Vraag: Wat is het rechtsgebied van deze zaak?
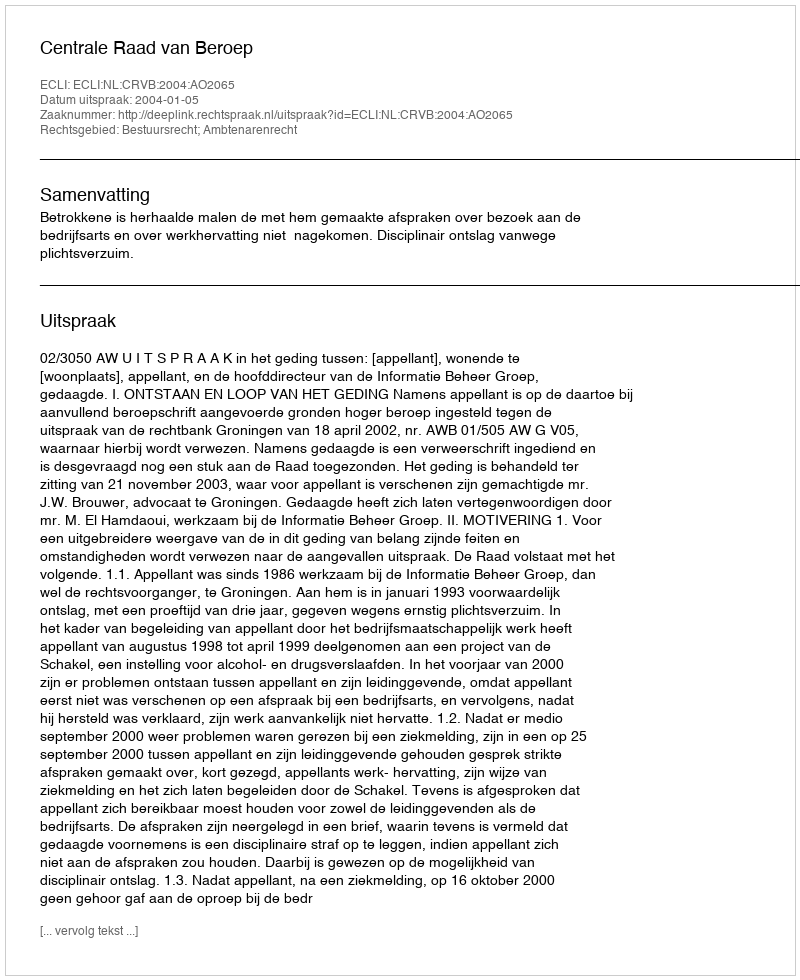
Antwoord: Bestuursrecht; Ambtenarenrecht